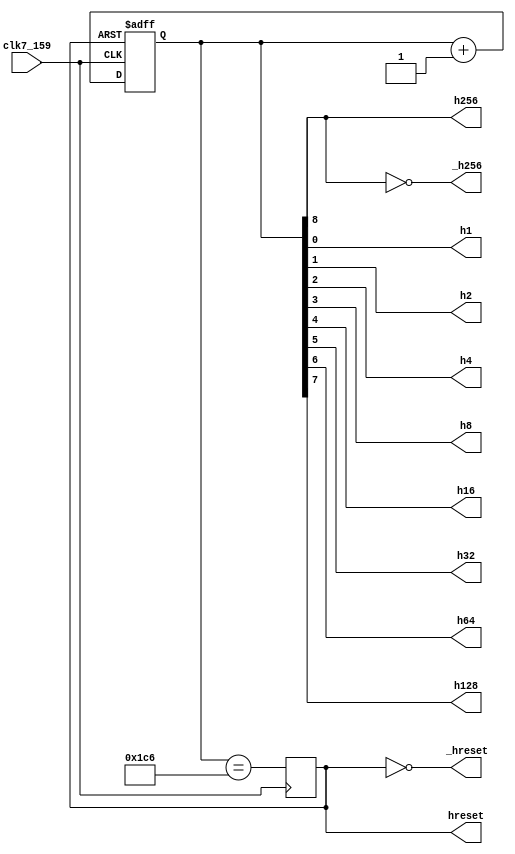
/*
  MIT License

  Copyright (c) 2019 Richard Eng

  Permission is hereby granted, free of charge, to any person obtaining a copy
  of this software and associated documentation files (the "Software"), to deal
  in the Software without restriction, including without limitation the rights
  to use, copy, modify, merge, publish, distribute, sublicense, and/or sell
  copies of the Software, and to permit persons to whom the Software is
  furnished to do so, subject to the following conditions:

  The above copyright notice and this permission notice shall be included in all
  copies or substantial portions of the Software.

  THE SOFTWARE IS PROVIDED "AS IS", WITHOUT WARRANTY OF ANY KIND, EXPRESS OR
  IMPLIED, INCLUDING BUT NOT LIMITED TO THE WARRANTIES OF MERCHANTABILITY,
  FITNESS FOR A PARTICULAR PURPOSE AND NONINFRINGEMENT. IN NO EVENT SHALL THE
  AUTHORS OR COPYRIGHT HOLDERS BE LIABLE FOR ANY CLAIM, DAMAGES OR OTHER
  LIABILITY, WHETHER IN AN ACTION OF CONTRACT, TORT OR OTHERWISE, ARISING FROM,
  OUT OF OR IN CONNECTION WITH THE SOFTWARE OR THE USE OR OTHER DEALINGS IN THE
  SOFTWARE.
*/

/*
  Pong - Horizontal Counter Circuit
  ---------------------------------
*/
`default_nettype none

module hcounter
(
  input wire clk7_159,
  output wire h1, h2, h4, h8, h16, h32, h64, h128, h256, _h256, hreset, _hreset
);

/*
wire f7_to_e7b;

ls93 f8(clk7_159, , hreset, hreset, h1, h2, h4, h8);
ls93 f9(h8, , hreset, hreset, h16, h32, h64, h128);
ls107 f6b(h128, _hreset, 1'b1, 1'b1, h256, _h256);
ls30 f7(h256, 1'b1, 1'b1, 1'b1, h4, h2, h128, h64, f7_to_e7b);
ls74 e7b(clk7_159, f7_to_e7b, 1'b1, 1'b1, _hreset, hreset);
*/

/* verilator lint_off UNOPTFLAT */
reg [8:0] hcnt;
/* verilator lint_on UNOPTFLAT */

initial hcnt = 9'd0;

assign { _h256, h256, h128, h64, h32, h16, h8, h4, h2, h1 } = { ~hcnt[8], hcnt[8], hcnt[7], hcnt[6], hcnt[5], hcnt[4], hcnt[3], hcnt[2], hcnt[1], hcnt[0] };

always @(negedge clk7_159 or posedge hreset) begin
    if (hreset)
        hcnt <= 9'd0;
    else
        hcnt <= hcnt + 1'b1;
end

reg rst;

initial rst = 1'b0;

always @(posedge clk7_159) begin
    rst <= (hcnt == 9'd454);
end

assign hreset = rst;
assign _hreset = ~hreset;

endmodule